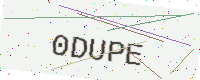
Text: 0DUPE